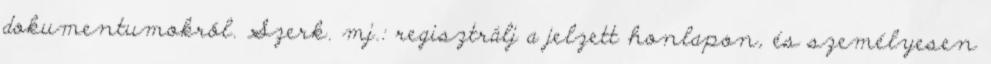
dokumentumokról. Szerk. mj.: regisztrálj a jelzett honlapon, és személyesen